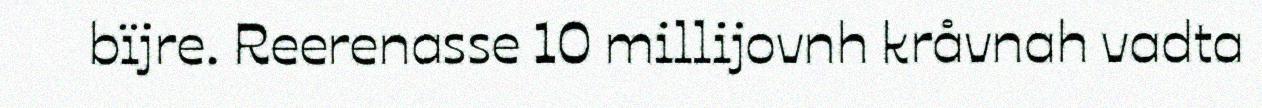
bïjre. Reerenasse 10 millijovnh kråvnah vadta